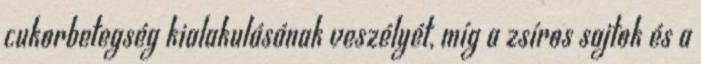
cukorbetegség kialakulásának veszélyét, míg a zsíros sajtok és a